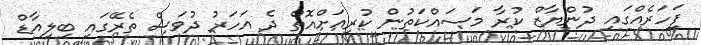
ފަހަރެއްގައި ދުންޔާޒް ކުރާ މަސައްކަތުން ކުރިއަށްއޮތް ދެ އަހަރު ދުވަސް ތެރޭގައި ބިލިއާޑް